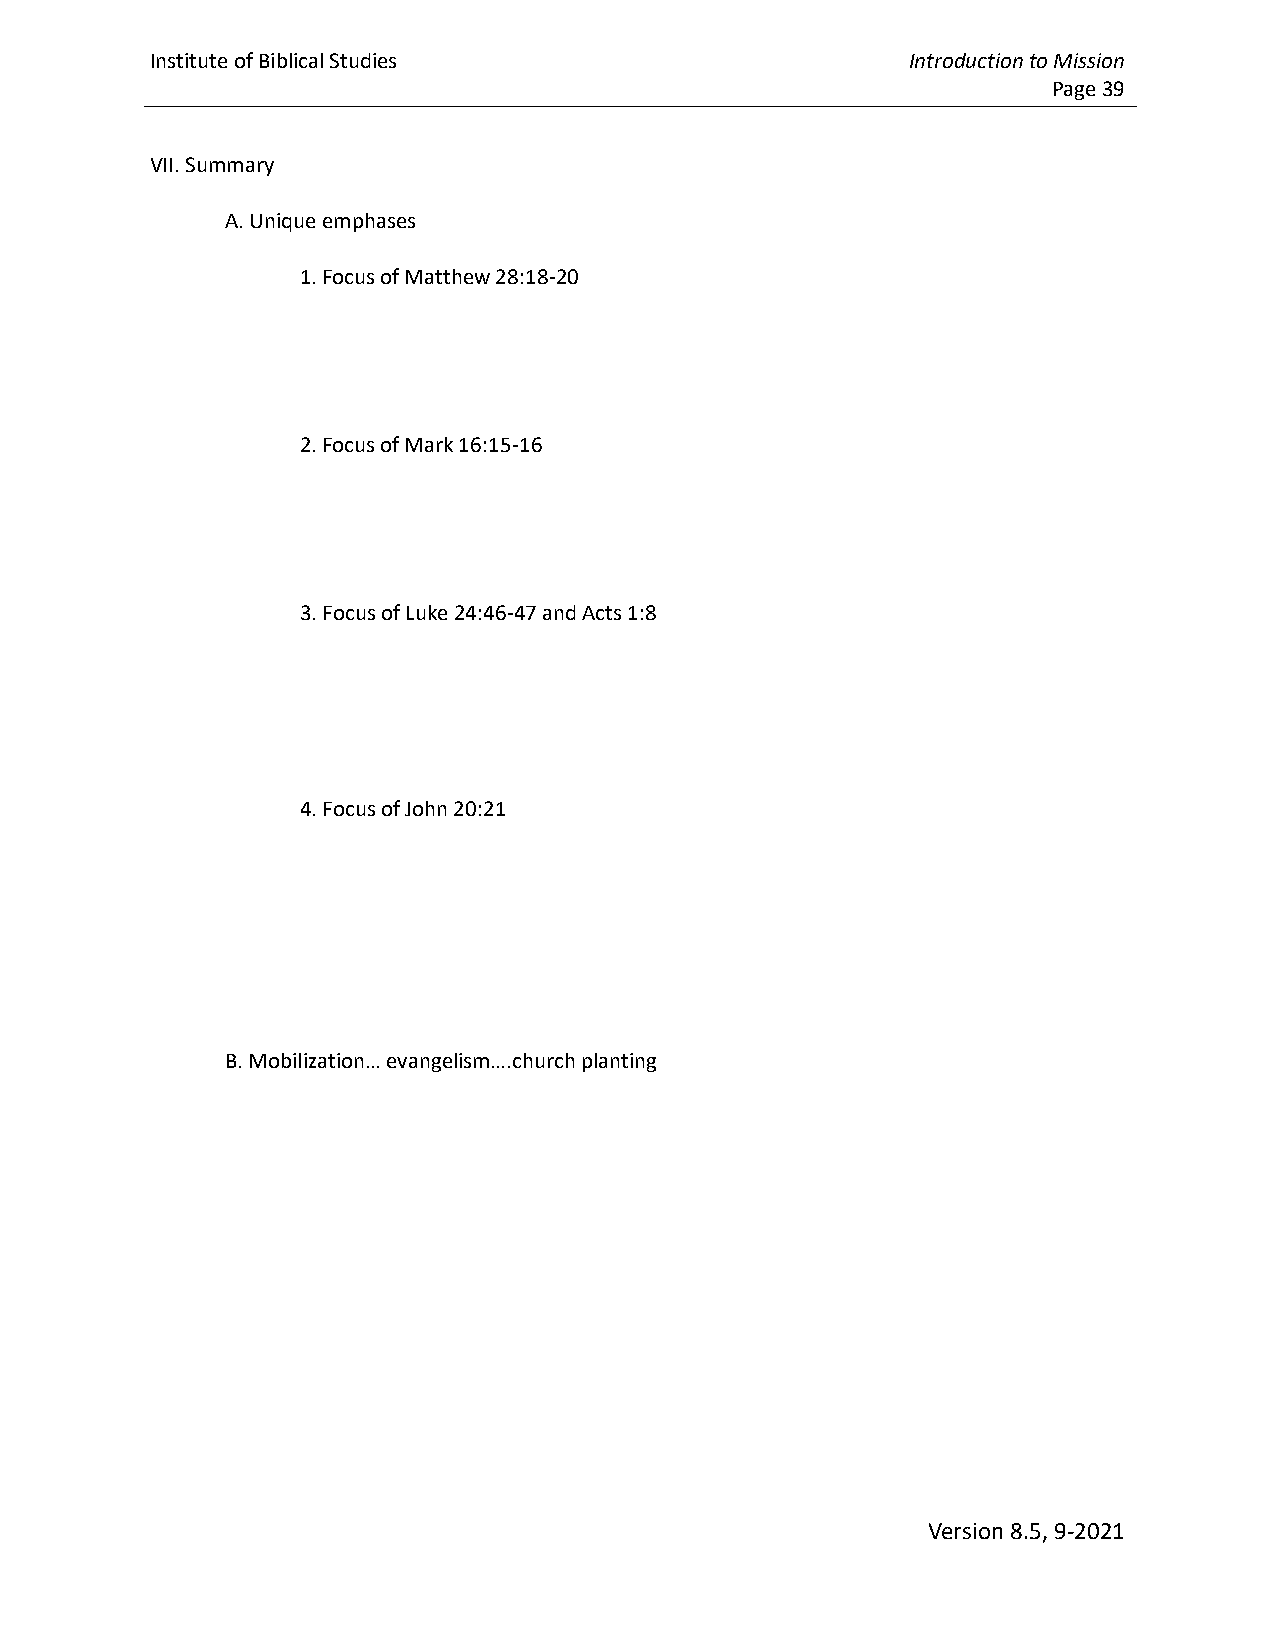
Institute of Biblical Studies                     Introduction to Mission
 Page 39
 VII. Summary
 A. Unique emphases
 1. Focus of Matthew 28:18-20
 2. Focus of Mark 16:15-16
 3. Focus of Luke 24:46-47 and Acts 1:8
 4. Focus of John 20:21
 B. Mobilization… evangelism….church planting
 Version 8.5, 9-2021